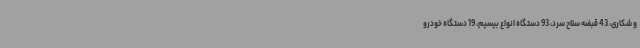
و شکاری، 43 قبضه سلاح سرد، 93 دستگاه انواع بیسیم، 19 دستگاه خودرو